Tezpur Lunatic Asylum reports 1877-1894 - 1877-1894
Year: 1877
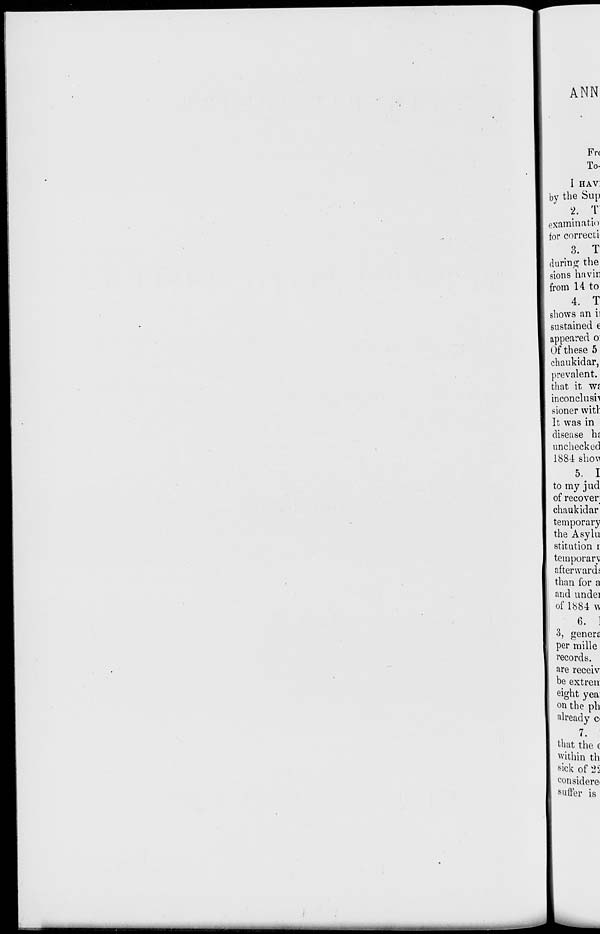
ANN
Fr(
To-
I HAv:
by the Sup
2. T
exam'matio
for correct!
3. T
during the
sions havin
from 14 to
4. T
shows an ii
sustained e
appeared o:
Of these 5
chaukidar,
prevalent,
that it Wf
inconclusn
sioner witl:
It was in
disease hi
unchecked
1884 sho\A
5. I
to my j ud
of recover
chaukidar
temporary
the Asylu
stitution r
temporary
afterwards
than for a
and undei
of 1884 w
6. 1
3, genere
per mi lie
records,
are receiv
be extren
eight yea:
on the ph
already c«
7.
that the c
within th
sick of 2i
considers
suffer is